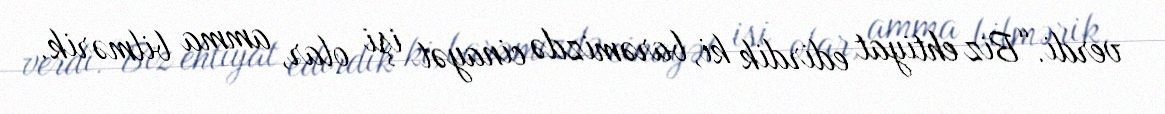
verdi.“Biz ehtiyat edirdik ki, barəmizdə cinayət işi olar, amma bilmərik.